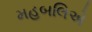
મહબલિએ